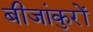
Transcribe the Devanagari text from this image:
बीजांकुरों